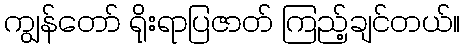
ကျွန်တော် ရိုးရာပြဇာတ် ကြည့်ချင်တယ်။